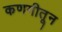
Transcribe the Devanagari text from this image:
कणगीतून